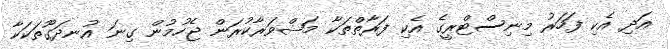
އަދި އެކި ފަހަރު މިނިސްޓްރީގެ އެކި ފަރާތްތަކާ މަޝްވަރާކުރަން ޖެހުމުން ގިނަ އުނދަގޫތަކަކާ